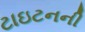
ટાઇટનની